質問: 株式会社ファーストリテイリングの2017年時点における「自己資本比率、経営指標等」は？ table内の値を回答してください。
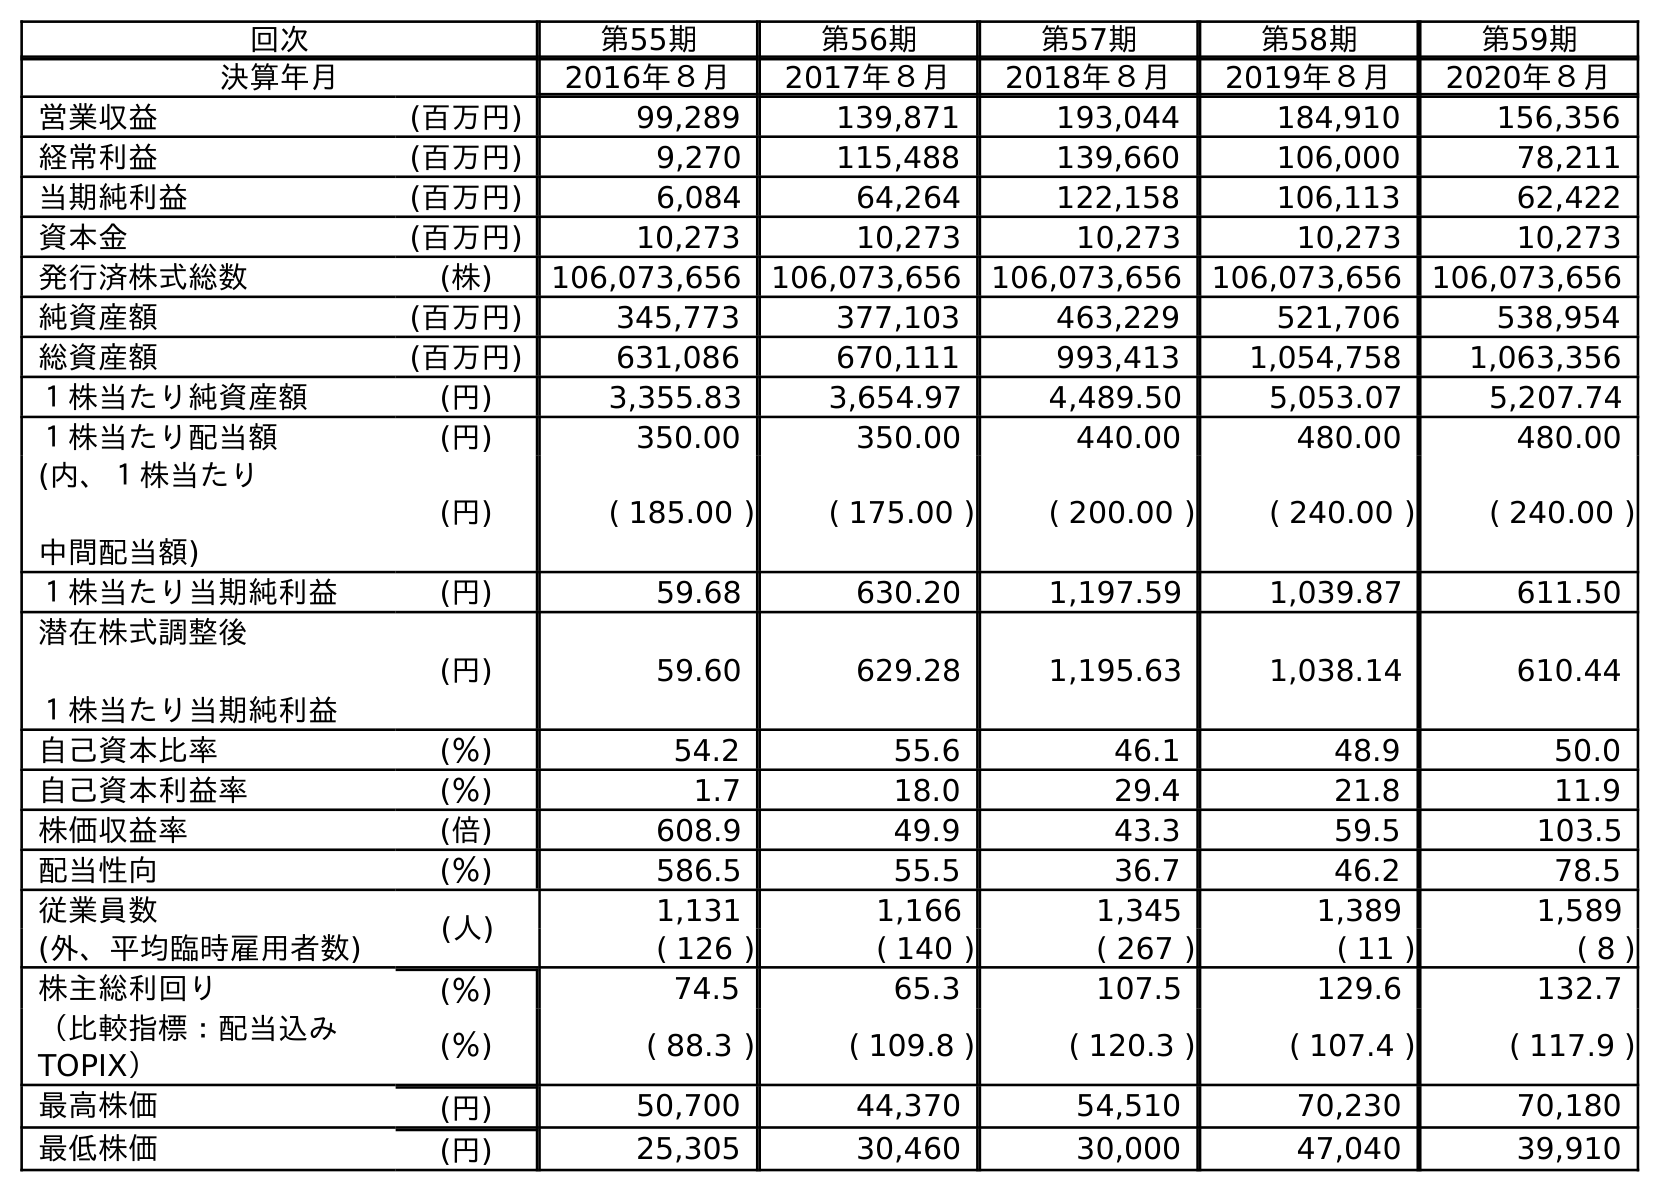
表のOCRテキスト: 回次 第55期 第56期 第57期 第58期 第59期 決算年月 2016年８月 2017年８月 2018年８月 2019年８月 2020年８月 営業収益 (百万円) 99,289 139,871 193,044 184,910 156,356 経常利益 (百万円) 9,270 115,488 139,660 106,000 78,211 当期純利益 (百万円) 6,084 64,264 122,158 106,113 62,422 資本金 (百万円) 10,273 10,273 10,273 10,273 10,273 発行済株式総数 (株) 106,073,656 106,073,656 106,073,656 106,073,656 106,073,656 純資産額 (百万円) 345,773 377,103 463,229 521,706 538,954 総資産額 (百万円) 631,086 670,111 993,413 1,054,758 1,063,356 １株当たり純資産額 (円) 3,355.83 3,654.97 4,489.50 5,053.07 5,207.74 １株当たり配当額 (円) 350.00 350.00 440.00 480.00 480.00 (内、１株当たり 中間配当額) (円) ( 185.00 ) ( 175.00 ) ( 200.00 ) ( 240.00 ) ( 240.00 ) １株当たり当期純利益 (円) 59.68 630.20 1,197.59 1,039.87 611.50 潜在株式調整後 １株当たり当期純利益 (円) 59.60 629.28 1,195.63 1,038.14 610.44 自己資本比率 (％) 54.2 55.6 46.1 48.9 50.0 自己資本利益率 (％) 1.7 18.0 29.4 21.8 11.9 株価収益率 (倍) 608.9 49.9 43.3 59.5 103.5 配当性向 (％) 586.5 55.5 36.7 46.2 78.5 従業員数 (人) 1,131 1,166 1,345 1,389 1,589 (外、平均臨時雇用者数) ( 126 ) ( 140 ) ( 267 ) ( 11 ) ( 8 ) 株主総利回り (％) 74.5 65.3 107.5 129.6 132.7 （比較指標：配当込み TOPIX） (％) ( 88.3 ) ( 109.8 ) ( 120.3 ) ( 107.4 ) ( 117.9 ) 最高株価 (円) 50,700 44,370 54,510 70,230 70,180 最低株価 (円) 25,305 30,460 30,000 47,040 39,910
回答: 55.6